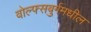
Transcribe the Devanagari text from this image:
वोल्फ्सबुर्गमधील